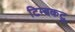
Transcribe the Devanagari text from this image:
टिम्बकटु